Vaccination in Bombay 1924-1928 - 1924-1928
Year: 1924
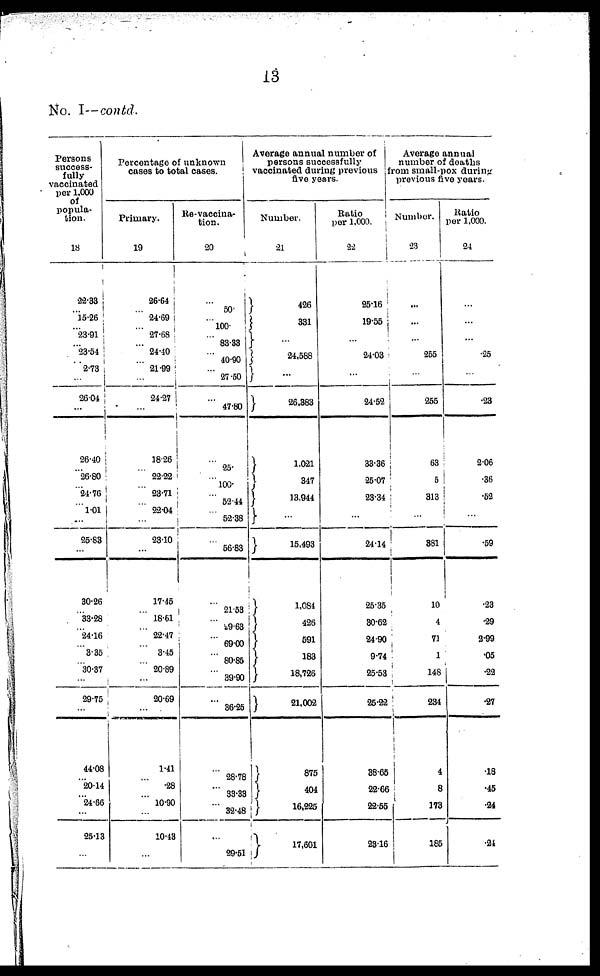
13
No. I—contd.
Persons
success-
fully
vaccinated
per 1,000
of
popula-
tion.
18
22.33
...
15.26
...
23.91
...
23.54
...
2.73
...
26.04
...
26.40
...
26.80
...
24.76
...
1.01
...
25.83
...
30.26
...
33.28
...
24.16
...
3.35
...
30.37
...
29.75
...
44.08
...
20.14
...
24.66
...
25.13
...
Percentage of unknown
cases to total cases.
Primary.
19
26.64
...
24.69
...
27.68
...
24.10
...
21.99
...
24.27
...
18.26
.. 22.22
...
23.71
... 22.04
...
23.10
...
17.45
... 18.61
...
22.47
...
3.45
...
20.89
...
20.69
...
1.41
...
.28
...
10.90
...
10.43
...
Re-vaccina-
tion.
20
...
50.
...
100.
...
83.33
...
40.90
...
27.50
...
47.80
...
25.
...
100.
...
52.44
...
52.38
...
56.83
...
21.53
...
29.63
...
69.00
...
80.85
...
39.90
...
36.25
...
28.78
...
33.33
...
32.48
...
29.51
Average annual number of
persons successfully
vaccinated during previous
five years.
Number.
21
426
331
...
24,588
...
26,383
1,021
347
13,944
...
15,493
1,084
426
591
183
18,726
21,002
875
404
16,225
17,601
Ratio
per 1,000.
22
25.16
19.55
...
24.03
...
24.52
33.36
25.07
23.34
...
24.14
25.35
30.62
24.90
9.74
25.53
25.22
38.65
22.66
22.55
23.16
Average annual
number of deaths
from small-pox during
previous five years.
Number.
23
...
...
...
255
...
255
63
5
313
...
381
10
4
71
1
148
234
4
8
173
185
Ratio
per 1,000.
24
...
...
...
.25
...
.23
2.06
.36
.52
...
.59
.23
.29
2.99
.05
.22
.27
.18
.45
.24
.24